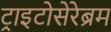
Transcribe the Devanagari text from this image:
ट्राइटोसेरेब्रम